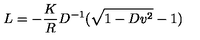
L = - { \frac { K } { R } } D ^ { - 1 } ( \sqrt { 1 - D v ^ { 2 } } - 1 )